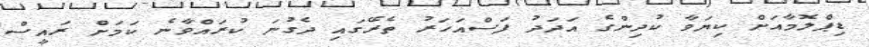
ޑިޕްލޮމާއަށް ކިޔަވާ ކުދިންގެ އަދަދު ފަސްއަހަރު ތެރޭގައި ދެގުނަ ކުރައްވާނެ ކަމަށް ރައީސް